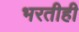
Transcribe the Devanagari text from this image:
भरतीही